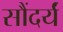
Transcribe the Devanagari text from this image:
सौंदर्यं